Leaving Certificate Examination, 1923
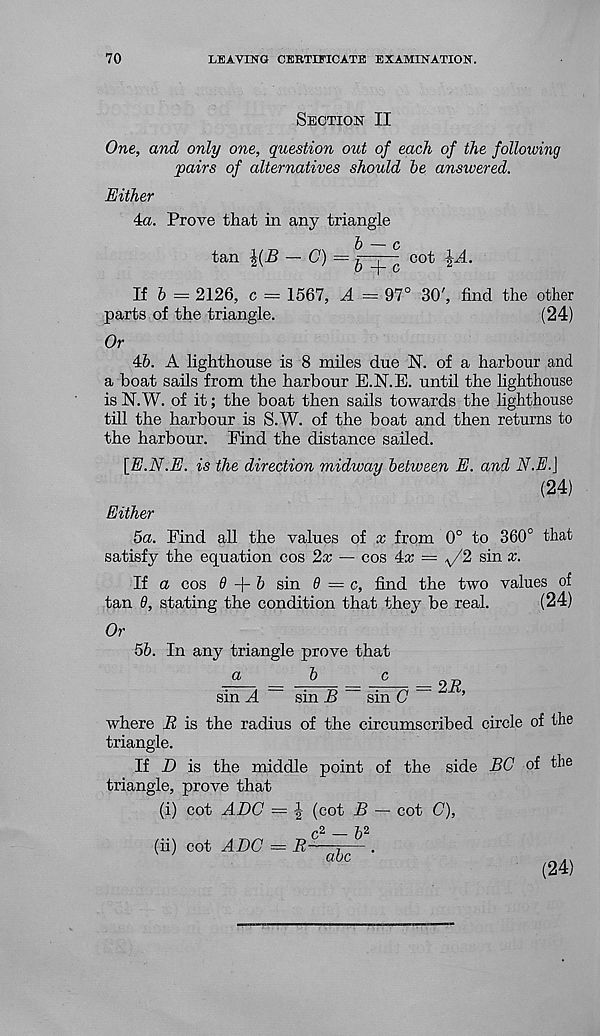
70
LEAVING CERTIFICATE EXAMINATION.
Section II
One, and only one, question out of each of the following
pairs of alternatives should be answered.
Either
4a. Prove that in any triangle
tan
— G) =
cot \A.
If 6 = 2126, c = 1567, A = 97° 30', find the other
parts of the triangle.
(24)
Or
46. A lighthouse is 8 miles due N. of a harbour and
a boat sails from the harbour E.N.E. until the lighthouse
is N.W. of it; the boat then sails towards the lighthouse
till the harbour is S.W. of the boat and then returns to
the harbour. Find the distance sailed.
[E.N.E. is the direction midway between E. and N.E.\
(24)
Either
5a. Find all the values of x from 0° to 360° that
satisfy the equation cos 2x — cos 4-x = ^/2 sin x.
If a cos 0+6 sin 9 = c, find the two values of
tan 9, stating the condition that they be real.
(24)
Or
56. In any triangle prove that
a
b
c
2R,
sin A
sin B
sin O
where B is the radius of the circumscribed circle of the
triangle.
If D is the middle point of the side BC of the
triangle, prove that
(i) cot ADC = \ (cot B — cot C),
(ii) cot ADC = R-
- 6 2
abc
(24)